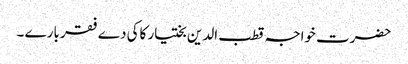
حضرت خواجہ قطب الدین بختیار کاکی دے فقر بارے ۔